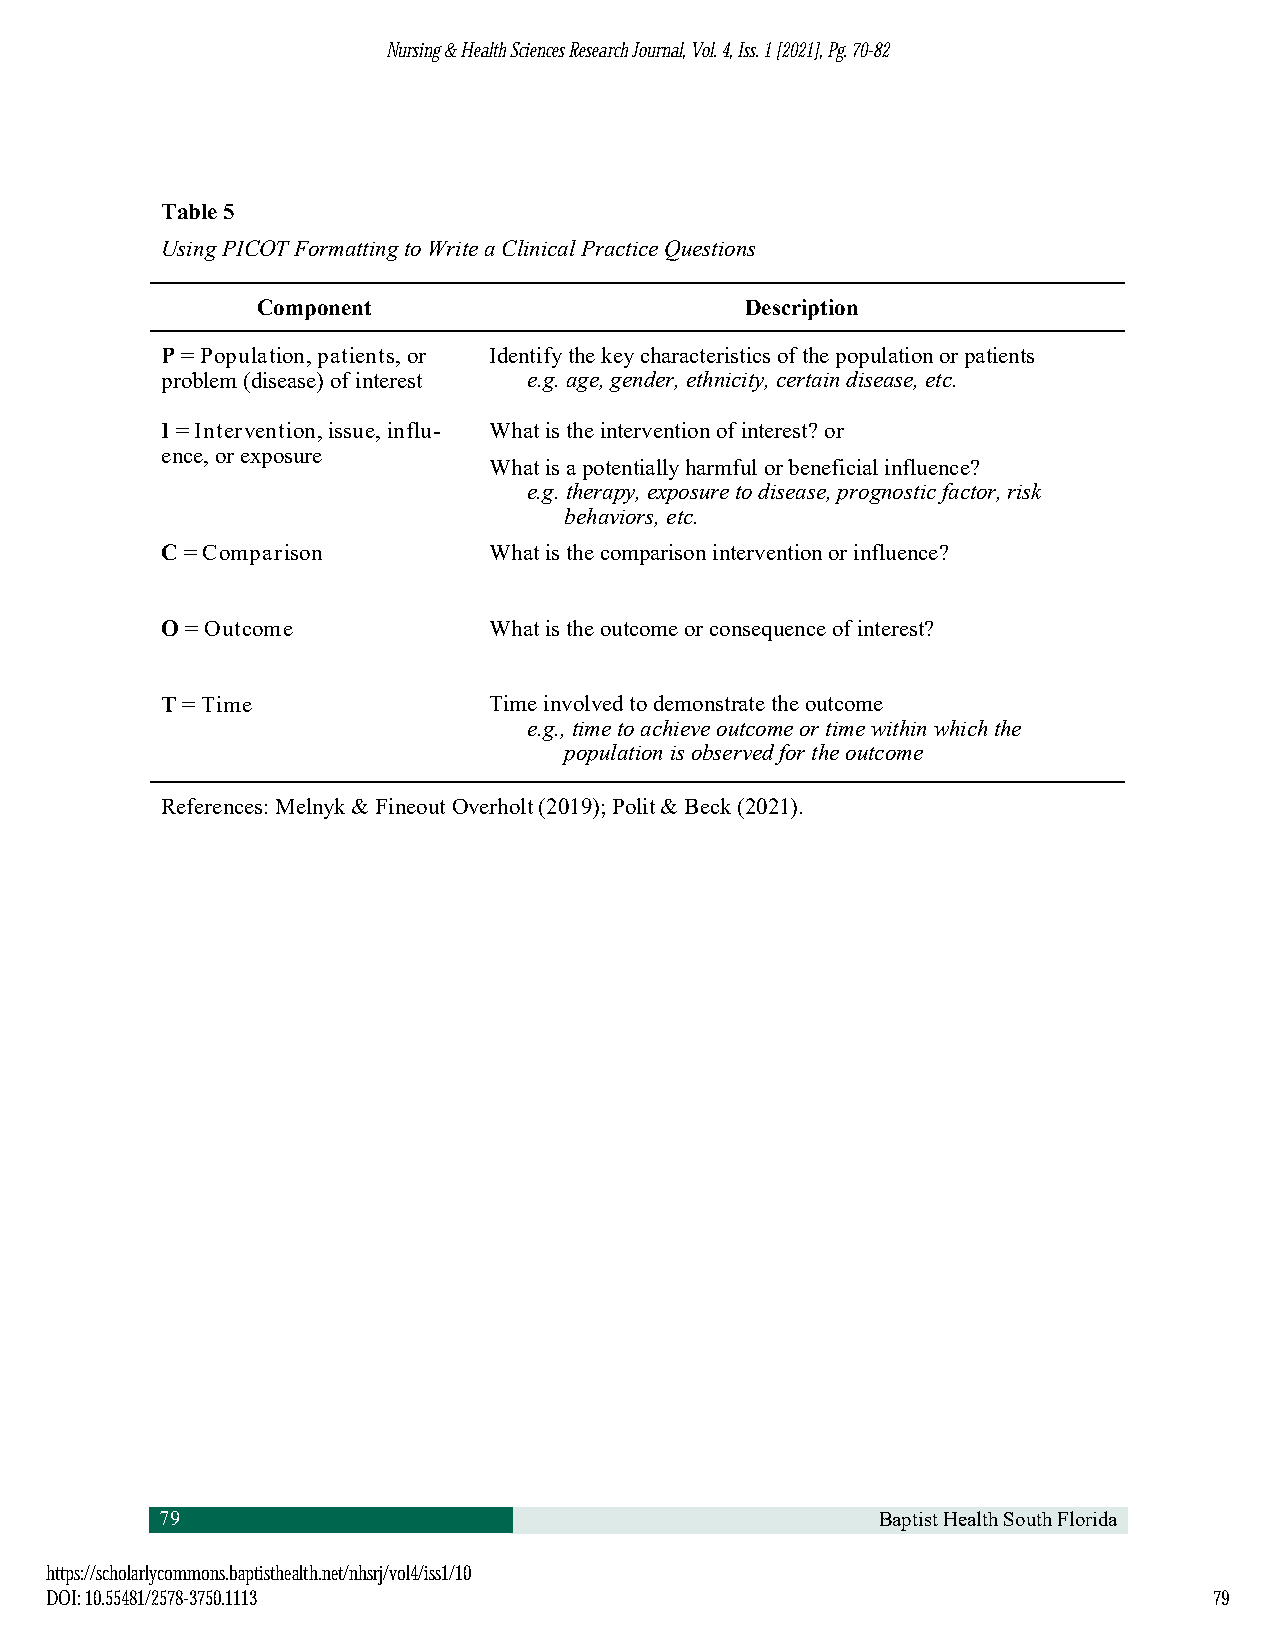
NNuurrssiinngg && HHeeaalltthh SScciieenncceess RReesseeaarrcchh JJoouurrnnaall,, VVooll.. 44,, IIssss.. 11 [[22002211]],, PPgg.. 7700--8822
 Table 5
 Using PICOT Formatting to Write a Clinical Practice Questions
 Component                       Description
 P = Population, patients, or Identify the key characteristics of the population or patients
 problem (disease) of interest e.g. age, gender, ethnicity, certain disease, etc.
 I = Intervention, issue, influ- What is the intervention of interest? or
 ence, or exposure
 What is a potentially harmful or beneficial influence?
 e.g. therapy, exposure to disease, prognostic factor, risk
 behaviors, etc.
 C = Comparison       What is the comparison intervention or influence?
 O = Outcome          What is the outcome or consequence of interest?
 T = Time             Time involved to demonstrate the outcome
 e.g., time to achieve outcome or time within which the
 population is observed for the outcome
 References: Melnyk & Fineout Overholt (2019); Polit & Beck (2021).
 79                                             Baptist Health South Florida
 hhttttppss::////sscchhoollaarrllyyccoommmmoonnss..bbaappttiisstthheeaalltthh..nneett//nnhhssrrjj//vvooll44//iissss11//1100
 DDOOII:: 1100..5555448811//22557788--33775500..11111133                      7799